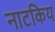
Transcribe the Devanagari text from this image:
नाटकिय